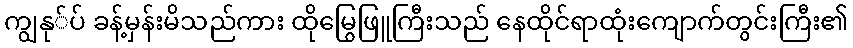
ကျွနု်ပ် ခန့်မှန်းမိသည်ကား ထိုမြွေဖြူကြီးသည် နေထိုင်ရာထုံးကျောက်တွင်းကြီး၏